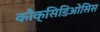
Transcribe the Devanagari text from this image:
कौक्सिडिओसिस